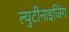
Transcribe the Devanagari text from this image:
ल्युटीनाइजिंग